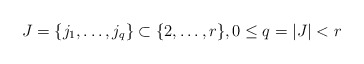
\begin{align*} J = \{j_1, \ldots, j_q \} \subset \{2, \ldots, r\}, 0 \leq q = |J| < r\end{align*}